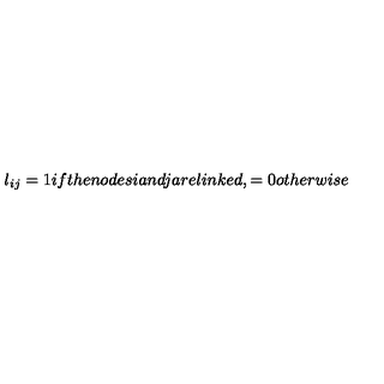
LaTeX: l _ { i j } = 1 i f t h e n o d e s i a n d j a r e l i n k e d , = 0 o t h e r w i s e